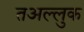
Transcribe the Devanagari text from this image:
तअल्लुक